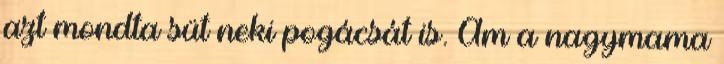
azt mondta süt neki pogácsát is. Ám a nagymama